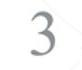
3